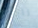
راية